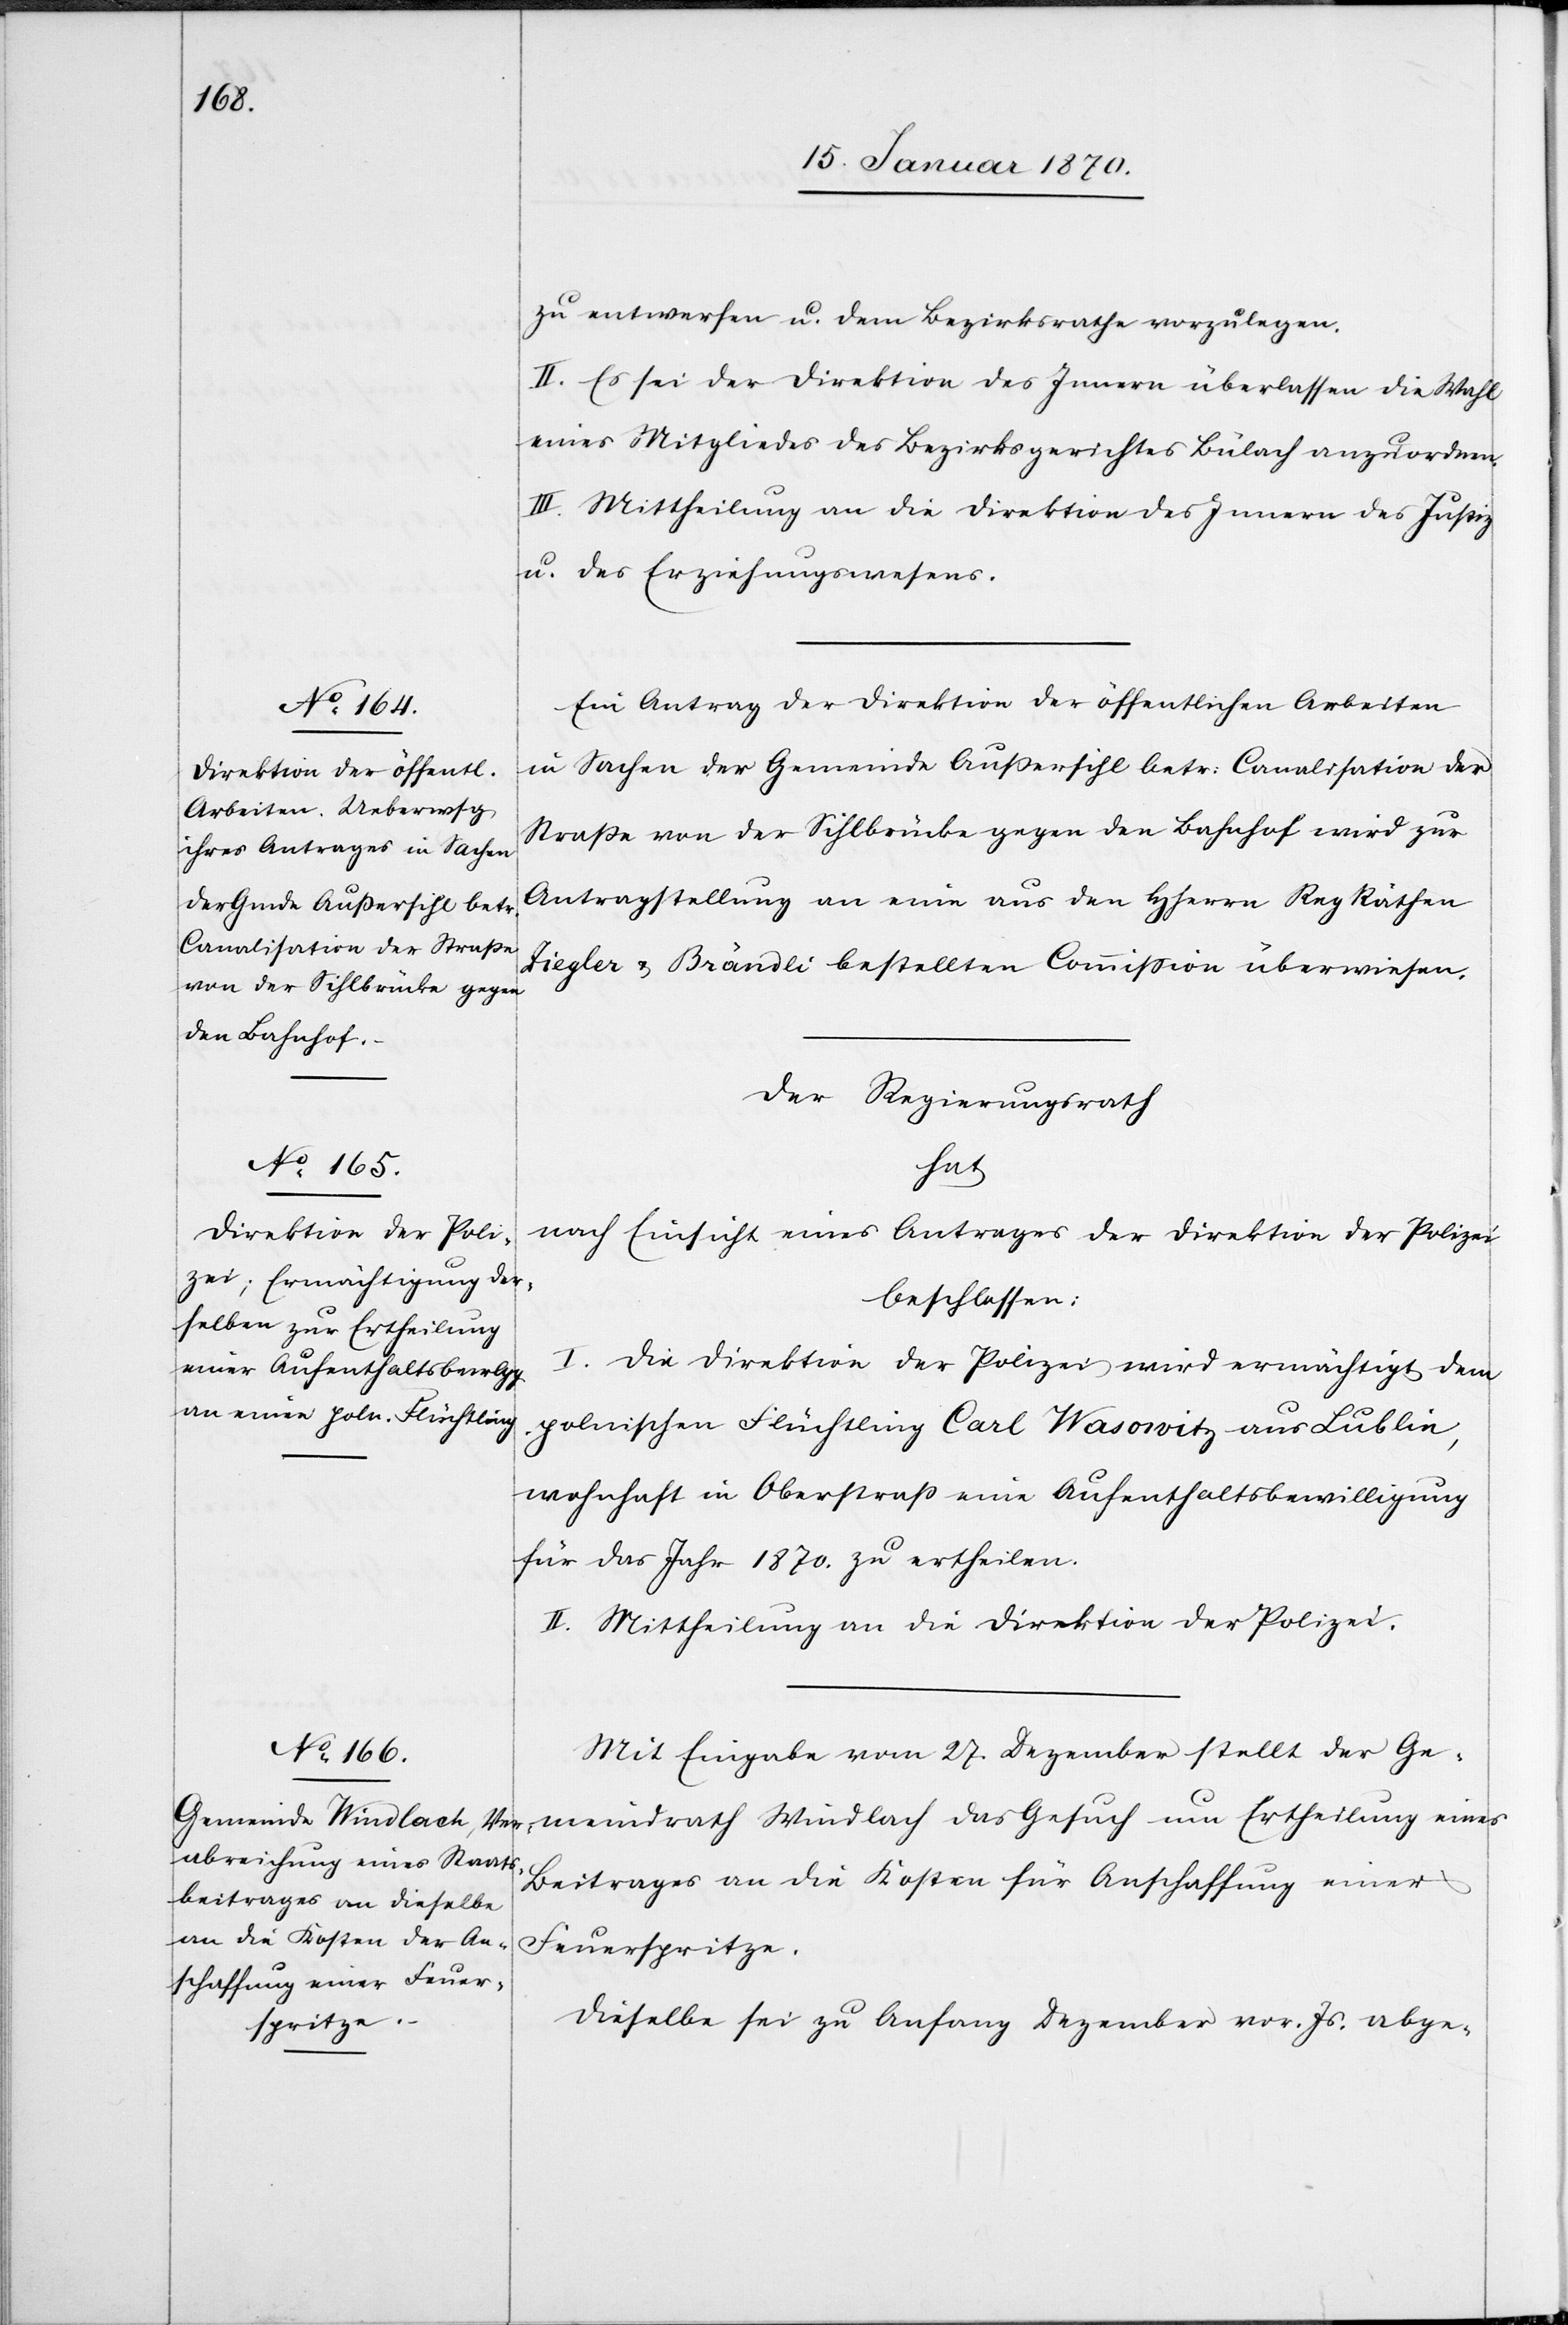
zu entwerfen u. dem Bezirksrathe vorzulegen.
II. Es sei der Direktion des Innern überlassen die Wahl
eines Mitgliedes des Bezirksgerichtes Bülach anzuordnen.
III. Mittheilung an die Direktion des Innern[,] des Justiz[-]
u. des Erziehungswesens.
Ein Antrag der Direktion der öffentlichen Arbeiten
in Sachen der Gemeinde Außersihl betr: Canalisation der
Straße von der Sihlbrücke gegen den Bahnhof wird zur
Antragstellung an eine aus den HHerrn Reg Räthen
Ziegler u. Brändli bestellten Commission überwiesen.
Der Regierungsrath
hat
nach Einsicht eines Antrages der Direktion der Polizei
beschlossen:
I.
Die Direktion der Polizei wird ermächtigt dem
polnischen Flüchtling Carl Wasowitz aus Lublin,
wohnhaft in Oberstraß eine Aufenthaltsbewilligung
für das Jahr 1870. zu ertheilen.
II. Mittheilung an die Direktion der Polizei.
Mit Eingabe vom 27. Dezember stellt der Ge¬
meindrath Windlach das Gesuch um Ertheilung eines
Beitrages an die Kosten für Anschaffung einer
Feuerspritze.
Dieselbe sei zu Anfang Dezember vor. Js. abge-